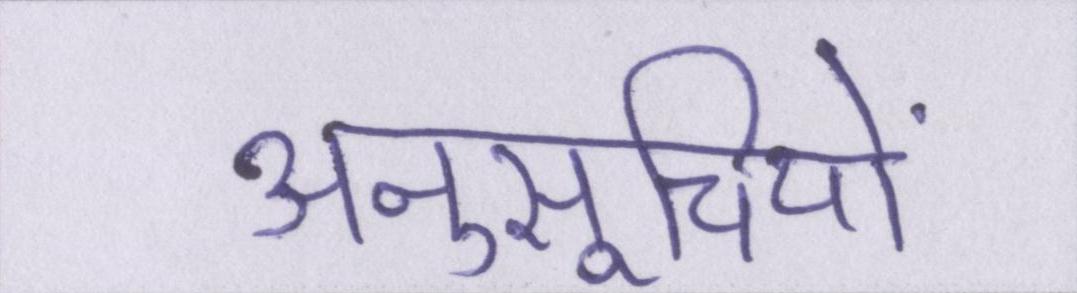
अनुसूचियों